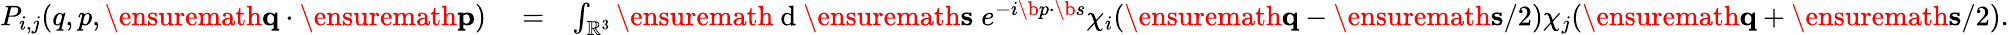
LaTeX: \begin{array}{rlr}{P_{i,j}(q,p,\ensuremath{\mathbf{q}}\cdot\ensuremath{\mathbf{p}})}&{{}=}&{\int_{\mathbb{R}^{3}}\ensuremath{\mathrm{~d~}}\ensuremath{\mathbf{s}}\; e^{-i\b{p}\cdot\b{s}}\chi_{i}(\ensuremath{\mathbf{q}}-\ensuremath{\mathbf{s}}/2)\chi_{j}(\ensuremath{\mathbf{q}}+\ensuremath{\mathbf{s}}/2).}\end{array}